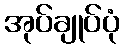
အုပ်ချုပ်ပုံ